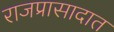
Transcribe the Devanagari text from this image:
राजप्रासादात